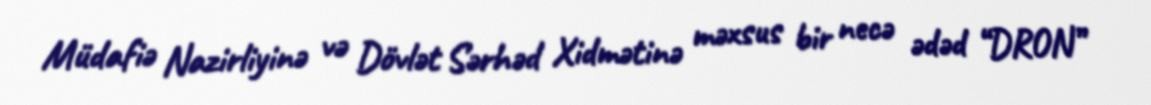
Müdafiə Nazirliyinə və Dövlət Sərhəd Xidmətinə məxsus bir necə ədəd “DRON”